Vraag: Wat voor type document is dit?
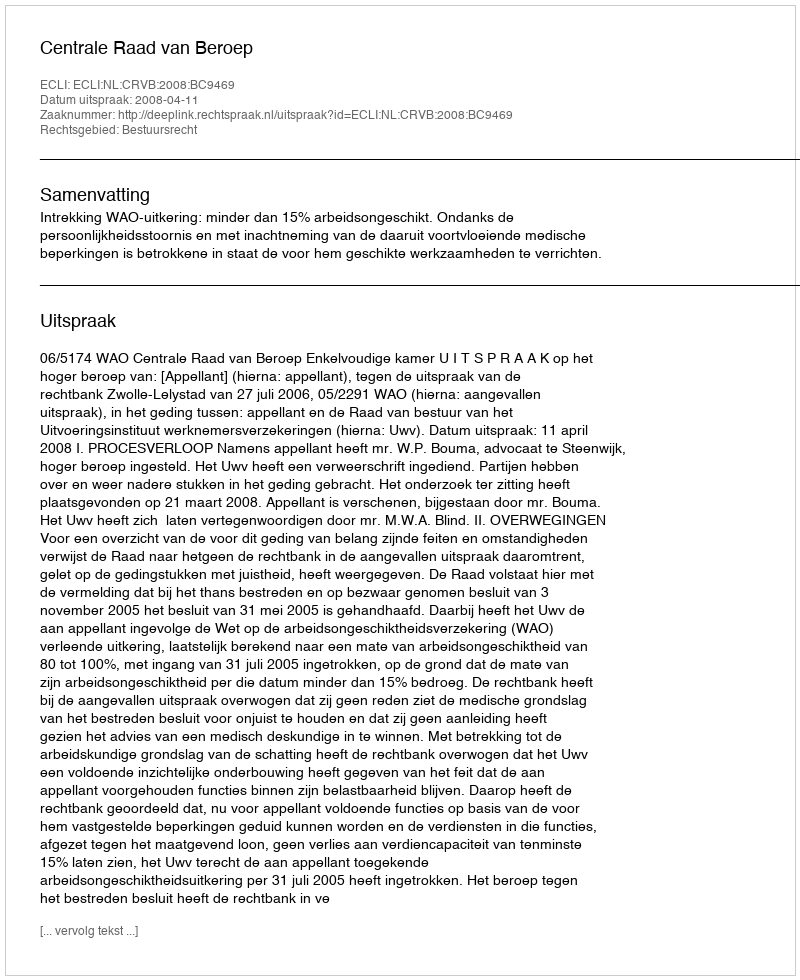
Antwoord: Uitspraak